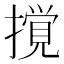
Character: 撹